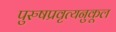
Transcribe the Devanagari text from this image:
पुरुषप्रवृत्यनुकूल